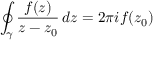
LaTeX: \oint _ { \gamma } { \frac { f ( z ) } { z - z _ { 0 } } } \, d z = 2 \pi i f ( z _ { 0 } )